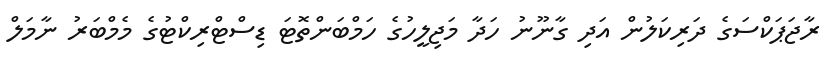
ރާޖަޕަކްސަގެ ދަރިކަލުން އަދި ގާނޫނު ހަދާ މަޖިލީހުގެ ހަމްބަންތޮޓަ ޑިސްޓްރިކްޓުގެ މެމްބަރު ނާމަލް